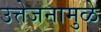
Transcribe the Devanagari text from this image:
उत्तेजनामुळे